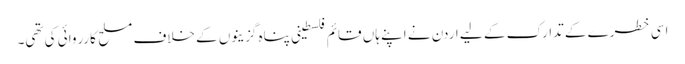
اسی خطرے کے تدارک کے لیے اردن نے اپنے ہاں قائم فلسطینی پناہ گزینوں کے خلاف مسلح کارروائی کی تھی۔